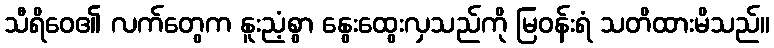
သီရိဝေ၏ လက်တွေက နူးညံ့စွာ နွေးထွေးလှသည်ကို မြဝန်းရံ သတိထားမိသည်။